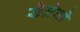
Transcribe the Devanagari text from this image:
सेग्रेतो